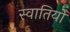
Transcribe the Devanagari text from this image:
स्वातियों